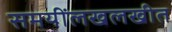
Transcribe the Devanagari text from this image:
समयींलखलखीत